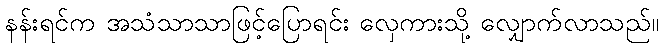
နန်းရင်က အသံသာသာဖြင့်ပြောရင်း လှေကားသို့ လျှောက်လာသည်။